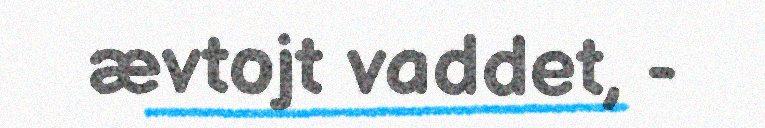
ævtojt vaddet, -